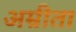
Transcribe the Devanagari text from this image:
अम्रीता